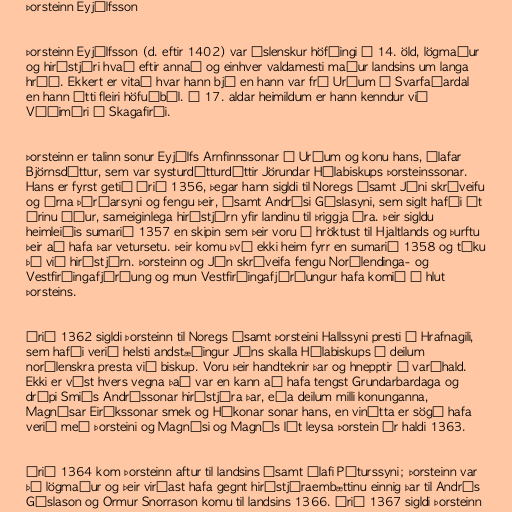
Þorsteinn Eyjólfsson

Þorsteinn Eyjólfsson (d. eftir 1402) var íslenskur höfðingi á 14. öld, lögmaður
og hirðstjóri hvað eftir annað og einhver valdamesti maður landsins um langa
hríð. Ekkert er vitað hvar hann bjó en hann var frá Urðum í Svarfaðardal
en hann átti fleiri höfuðból. Í 17. aldar heimildum er hann kenndur við
Víðimýri í Skagafirði.

Þorsteinn er talinn sonur Eyjólfs Arnfinnssonar á Urðum og konu hans, Ólafar
Björnsdóttur, sem var systurdótturdóttir Jörundar Hólabiskups Þorsteinssonar.
Hans er fyrst getið árið 1356, þegar hann sigldi til Noregs ásamt Jóni skráveifu
og Árna Þórðarsyni og fengu þeir, ásamt Andrési Gíslasyni, sem siglt hafði út
árinu áður, sameiginlega hirðstjórn yfir landinu til þriggja ára. Þeir sigldu
heimleiðis sumarið 1357 en skipin sem þeir voru á hröktust til Hjaltlands og þurftu
þeir að hafa þar vetursetu. Þeir komu því ekki heim fyrr en sumarið 1358 og tóku
þá við hirðstjórn. Þorsteinn og Jón skráveifa fengu Norðlendinga- og
Vestfirðingafjórðung og mun Vestfirðingafjórðungur hafa komið í hlut
Þorsteins.

Árið 1362 sigldi Þorsteinn til Noregs ásamt Þorsteini Hallssyni presti á Hrafnagili,
sem hafði verið helsti andstæðingur Jóns skalla Hólabiskups í deilum
norðlenskra presta við biskup. Voru þeir handteknir þar og hnepptir í varðhald.
Ekki er víst hvers vegna það var en kann að hafa tengst Grundarbardaga og
drápi Smiðs Andréssonar hirðstjóra þar, eða deilum milli konunganna,
Magnúsar Eiríkssonar smek og Hákonar sonar hans, en vinátta er sögð hafa
verið með Þorsteini og Magnúsi og Magnús lét leysa Þorstein úr haldi 1363.

Árið 1364 kom Þorsteinn aftur til landsins ásamt Ólafi Péturssyni; Þorsteinn var
þá lögmaður og þeir virðast hafa gegnt hirðstjóraembættinu einnig þar til Andrés
Gíslason og Ormur Snorrason komu til landsins 1366. Árið 1367 sigldi Þorsteinn